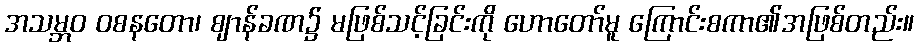
အသမ္ဘဝ ဝစနတော၊ ဈာန်ခဏ၌ မဖြစ်သင့်ခြင်းကို ဟောတော်မူ ကြောင်းစကာ၏အဖြစ်တည်း။